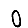
Digit: 0